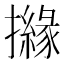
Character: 𢷻